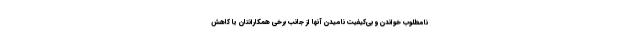
نامطلوب خواندن و بی‌کیفیت نامیدن آنها از جانب برخی همکارانتان یا کاهش